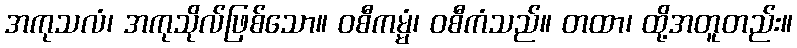
အကုသလံ၊ အကုသိုလ်ဖြစ်သော။ ဝစီကမ္မံ၊ ဝစီကံသည်။ တထာ၊ ထို့အတူတည်း။